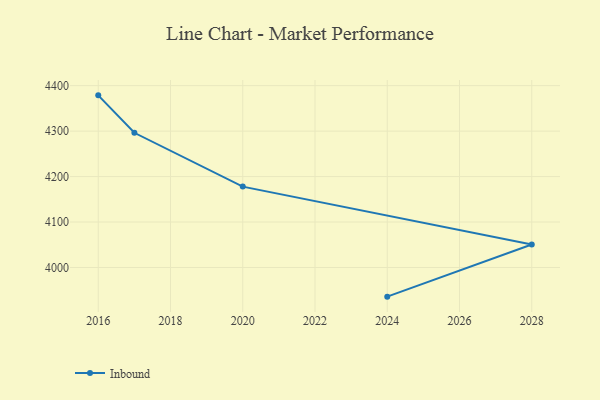
{"axis": {"x": "Year", "y": "Humidity (%)"}, "legend": ["Inbound"], "data": [{"x": "2024", "y": 3935.8, "type": "Inbound"}, {"x": "2028", "y": 4050.5, "type": "Inbound"}, {"x": "2020", "y": 4177.9, "type": "Inbound"}, {"x": "2017", "y": 4296.3, "type": "Inbound"}, {"x": "2016", "y": 4378.7, "type": "Inbound"}]}